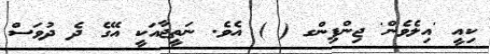
ކިއީ 'އިލެވެން' ޖިންޕިންގ ( ) އެވެ. ނަތީޖާއަކީ އޭގެ ދެ ދުވަސް